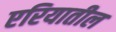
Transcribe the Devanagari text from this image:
एरियातील